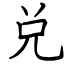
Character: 兑